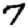
Digit: 7